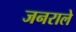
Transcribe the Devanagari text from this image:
जनराले